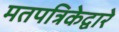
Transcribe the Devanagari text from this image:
मतपत्रिकेद्वारे